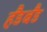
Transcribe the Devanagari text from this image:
हैंडबैंड